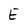
Character: E